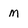
Character: M